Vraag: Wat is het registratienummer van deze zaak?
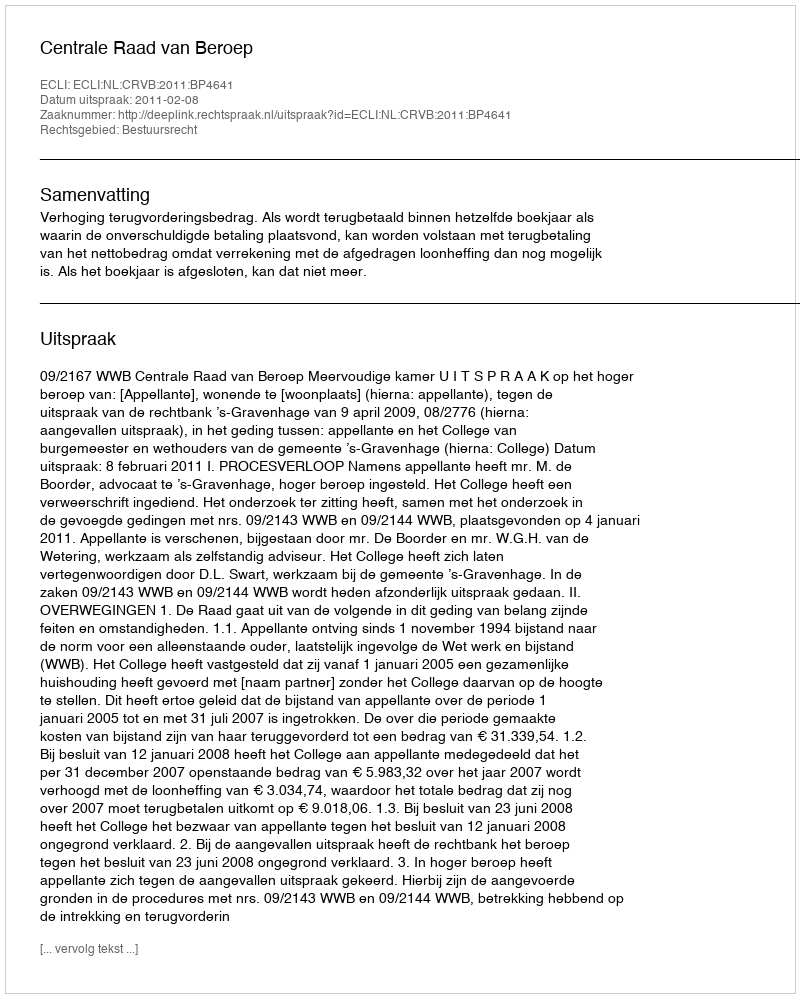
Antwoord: http://deeplink.rechtspraak.nl/uitspraak?id=ECLI:NL:CRVB:2011:BP4641